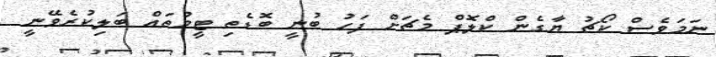
ނަމަވެސް ކޯޗު ޔާގެން ކްލޮޕް މެޗަށް ފަހު ބުނީ ބޮޑެތި ޓީމުތައް ބަލިކުރެވޭނީ